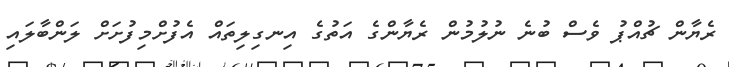
ރެޔާން ޗުއްޕު ވެސް ބުނެ ނުލުމުން ރެޔާންގެ އަތުގެ އިނގިލިތައް އެފުށްމިފުށަށް ލަންބާލައި